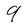
Character: 9